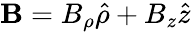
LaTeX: \mathbf{B}=B_{\rho}\hat{\rho}+B_{z}\hat{z}